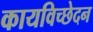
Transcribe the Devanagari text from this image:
कायविच्छेदन